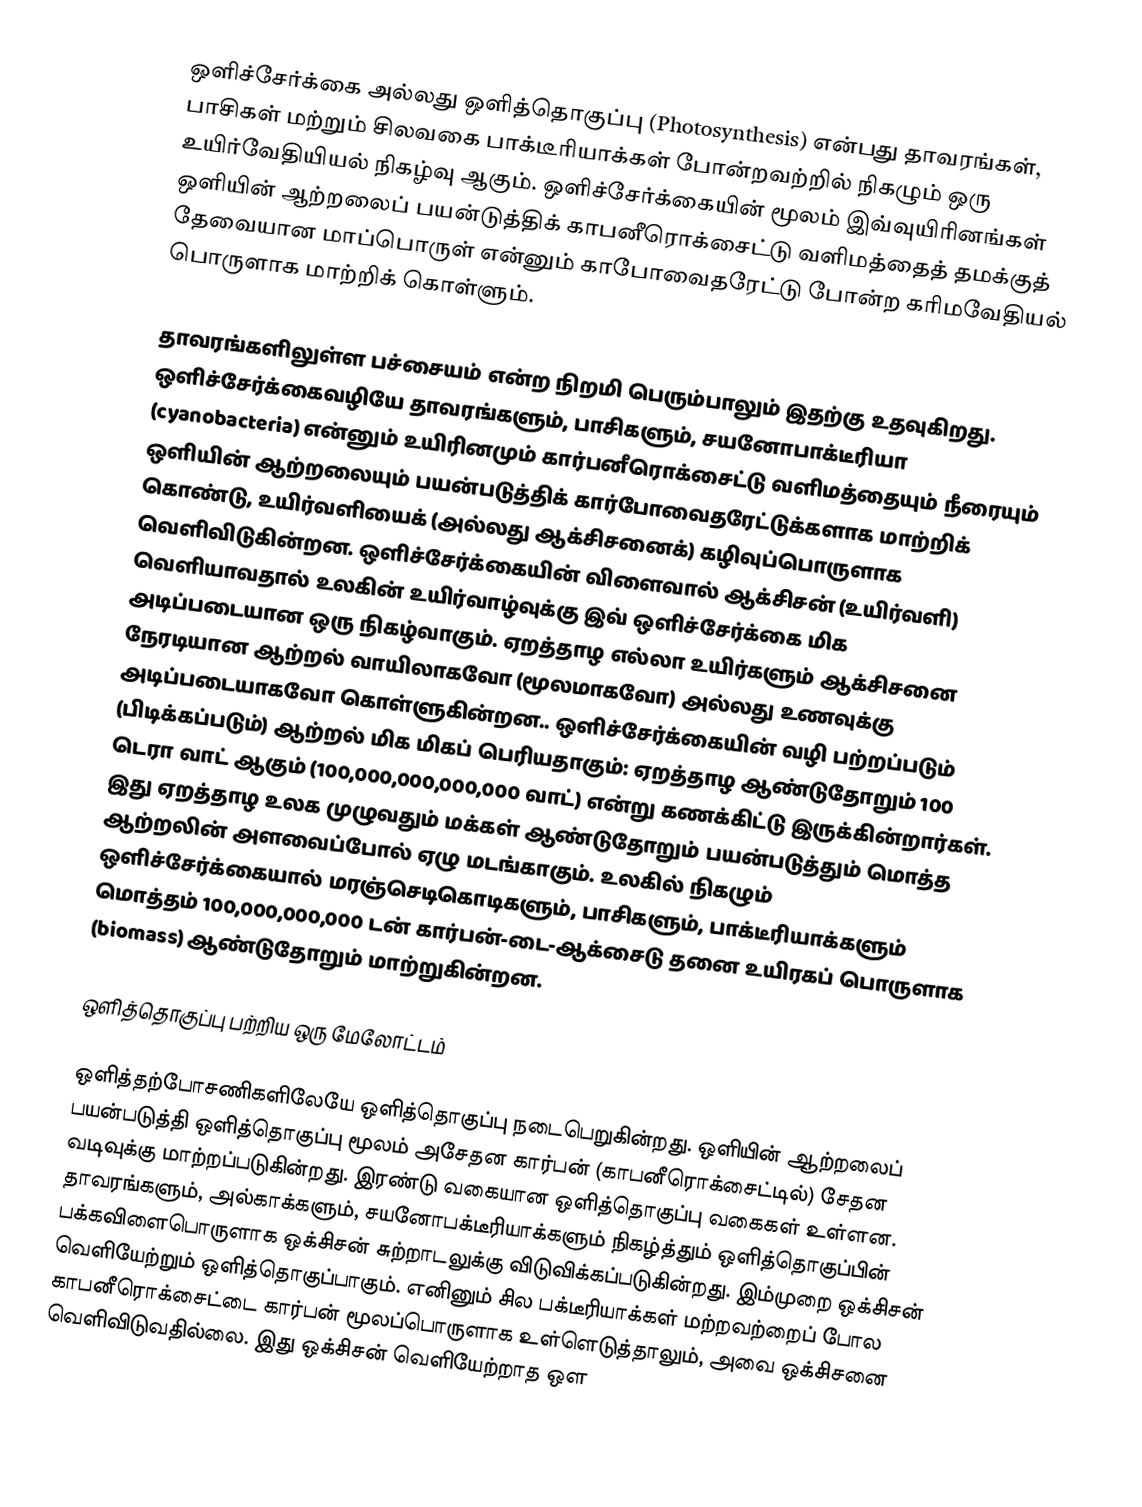
ஒளிச்சேர்க்கை அல்லது ஒளித்தொகுப்பு (Photosynthesis) என்பது தாவரங்கள், பாசிகள் மற்றும் சிலவகை பாக்டீரியாக்கள் போன்றவற்றில் நிகழும் ஒரு உயிர்வேதியியல் நிகழ்வு ஆகும். ஒளிச்சேர்க்கையின் மூலம் இவ்வுயிரினங்கள் ஒளியின் ஆற்றலைப் பயன்டுத்திக் காபனீரொக்சைட்டு வளிமத்தைத் தமக்குத் தேவையான மாப்பொருள் என்னும் காபோவைதரேட்டு போன்ற கரிமவேதியல் பொருளாக மாற்றிக் கொள்ளும்.

தாவரங்களிலுள்ள பச்சையம் என்ற நிறமி பெரும்பாலும் இதற்கு உதவுகிறது. ஒளிச்சேர்க்கைவழியே தாவரங்களும், பாசிகளும், சயனோபாக்டீரியா (cyanobacteria) என்னும் உயிரினமும் கார்பனீரொக்சைட்டு வளிமத்தையும் நீரையும் ஒளியின் ஆற்றலையும் பயன்படுத்திக் கார்போவைதரேட்டுக்களாக மாற்றிக் கொண்டு,  உயிர்வளியைக் (அல்லது ஆக்சிசனைக்) கழிவுப்பொருளாக வெளிவிடுகின்றன. ஒளிச்சேர்க்கையின் விளைவால் ஆக்சிசன் (உயிர்வளி) வெளியாவதால் உலகின் உயிர்வாழ்வுக்கு இவ் ஒளிச்சேர்க்கை மிக அடிப்படையான ஒரு நிகழ்வாகும். ஏறத்தாழ எல்லா உயிர்களும் ஆக்சிசனை நேரடியான ஆற்றல் வாயிலாகவோ (மூலமாகவோ) அல்லது உணவுக்கு அடிப்படையாகவோ கொள்ளுகின்றன.. ஒளிச்சேர்க்கையின் வழி பற்றப்படும் (பிடிக்கப்படும்) ஆற்றல் மிக மிகப் பெரியதாகும்: ஏறத்தாழ ஆண்டுதோறும் 100 டெரா வாட் ஆகும் (100,000,000,000,000 வாட்) என்று கணக்கிட்டு இருக்கின்றார்கள். இது ஏறத்தாழ உலக முழுவதும் மக்கள் ஆண்டுதோறும் பயன்படுத்தும் மொத்த ஆற்றலின் அளவைப்போல் ஏழு மடங்காகும். உலகில் நிகழும் ஒளிச்சேர்க்கையால் மரஞ்செடிகொடிகளும், பாசிகளும், பாக்டீரியாக்களும் மொத்தம் 100,000,000,000 டன் கார்பன்-டை-ஆக்சைடு தனை உயிரகப் பொருளாக (biomass) ஆண்டுதோறும் மாற்றுகின்றன.

ஒளித்தொகுப்பு பற்றிய ஒரு மேலோட்டம்

ஒளித்தற்போசணிகளிலேயே ஒளித்தொகுப்பு நடைபெறுகின்றது. ஒளியின் ஆற்றலைப் பயன்படுத்தி ஒளித்தொகுப்பு மூலம் அசேதன கார்பன் (காபனீரொக்சைட்டில்) சேதன வடிவுக்கு மாற்றப்படுகின்றது. இரண்டு வகையான ஒளித்தொகுப்பு வகைகள் உள்ளன. தாவரங்களும், அல்காக்களும், சயனோபக்டீரியாக்களும் நிகழ்த்தும் ஒளித்தொகுப்பின் பக்கவிளைபொருளாக ஒக்சிசன் சுற்றாடலுக்கு விடுவிக்கப்படுகின்றது. இம்முறை ஒக்சிசன் வெளியேற்றும்  ஒளித்தொகுப்பாகும். எனினும் சில பக்டீரியாக்கள் மற்றவற்றைப் போல காபனீரொக்சைட்டை கார்பன் மூலப்பொருளாக உள்ளெடுத்தாலும், அவை ஒக்சிசனை வெளிவிடுவதில்லை. இது ஒக்சிசன் வெளியேற்றாத ஒள